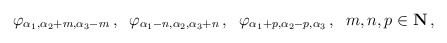
\begin{align*}\varphi_{\alpha_1,\alpha_2+m,\alpha_3-m}\,,\;\;\varphi_{\alpha_1-n,\alpha_2,\alpha_3+n}\,,\;\;\varphi_{\alpha_1+p,\alpha_2-p,\alpha_3}\,,\;\; m,n,p\in \hbox{\bf N}\,,\end{align*}